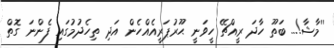
''މާޝާ!... ބަތޫ ހާދަ ރީއްޗޭ ހީވަނީ ޙޫރުޕަރީއެއްހެން އަދި ތިހެދުމުގައި ފެންނަ ގޮތް